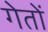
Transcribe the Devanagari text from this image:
गेतों